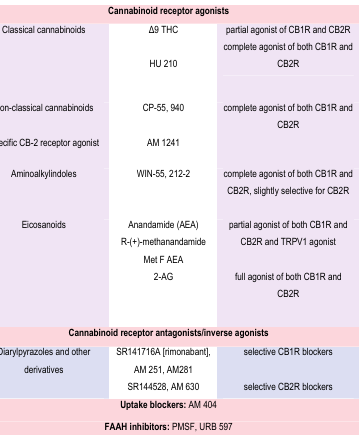
|  | Cannabinoid receptor agonists |  |
 | --- | --- | --- |
 | Classical cannabinoids | delta9 THC | partial agonist of CB1R and CB2R |
 |  | HU 210 | complete agonist of both CB1R and CB2R |
 | Non–classical cannabinoids | CP–55, 940 | complete agonist of both CB1R and CB2R |
 | Specific CB–2 receptor agonist | AM 1241 |  |
 | Aminoalkylindoles | WIN–55, 212–2 | complete agonist of both CB1R and CB2R, slightly selective for CB2R |
 | Eicosanoids | Anandamide (AEA)R–(+)–methanandamide | partial agonist of both CB1R and CB2R and TRPV1 agonist |
 |  | Met F AEA2–AG | full agonist of both CB1R and CB2R |
 |  | Cannabinoid receptor antagonists/inverse agonists |  |
 | Diarylpyrazoles and other derivatives | SR141716A [rimonabant], AM 251, AM281 | selective CB1R blockers |
 |  | SR144528, AM 630 | selective CB2R blockers |
 |  | Uptake blockers: AM 404 |  |
 |  | FAAH inhibitors: PMSF, URB 597 |  |